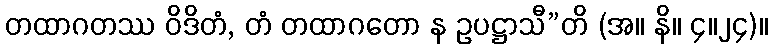
တထာဂတဿ ဝိဒိတံ, တံ တထာဂတော န ဥပဋ္ဌာသီ”တိ (အ။ နိ။ ၄။၂၄)။